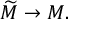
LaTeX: { \widetilde { M } } \to M .